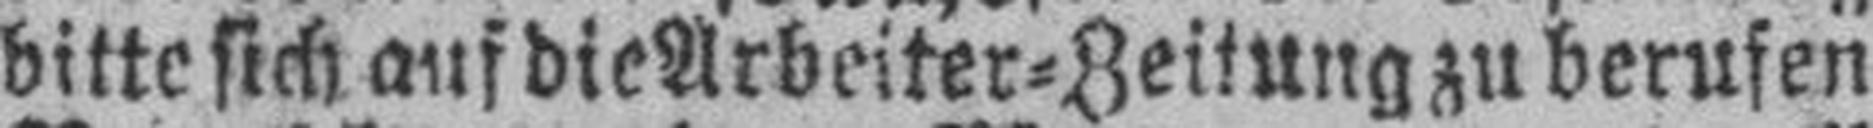
bitte sich auf die Arbeiter=Zeitung zu berufen